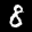
Label: 8